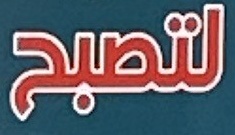
لتصبح